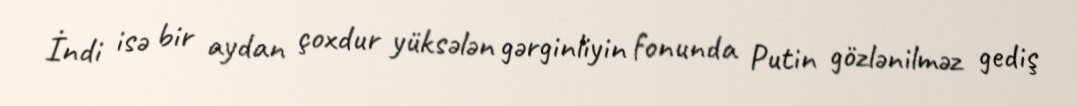
İndi isə bir aydan çoxdur yüksələn gərginliyin fonunda Putin gözlənilməz gediş